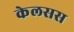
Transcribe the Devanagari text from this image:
केलसस